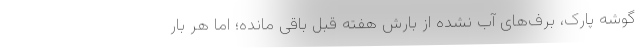
گوشه پارک، برف‌های آب نشده از بارشِ هفته قبل باقی مانده؛ اما هر بار